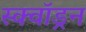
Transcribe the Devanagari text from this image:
स्क्वाॅड्रन